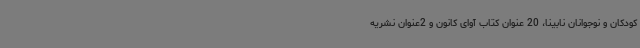
کودکان و نوجوانان نابینا، 20 عنوان کتاب آوای کانون و 2عنوان نشریه